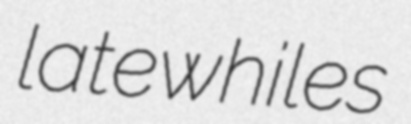
latewhiles